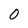
Character: 0